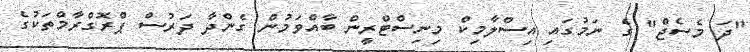
"ދަ މެސެޖް" ގެ ނަމުގައި އިސްލާމިކް މިނިސްޓްރީން ބާއްވަމުން ގެންދާ ދަރުސް ޕްރޮގްރާމްތަކުގެ